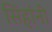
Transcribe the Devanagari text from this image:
सिंहांनी